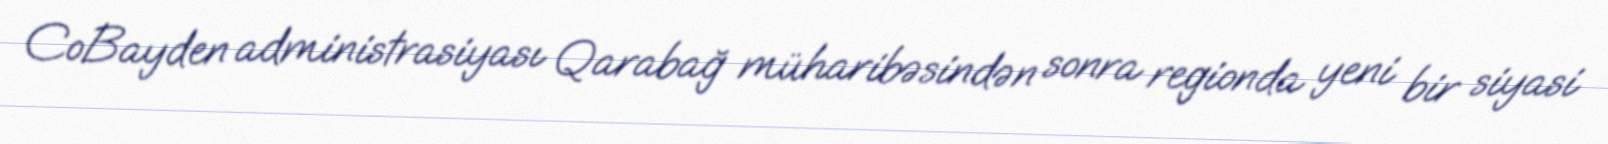
CoBayden administrasiyası Qarabağ müharibəsindən sonra regionda yeni bir siyasi